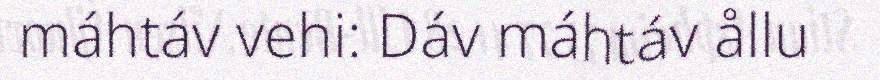
máhtáv vehi: Dáv máhtáv ållu